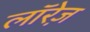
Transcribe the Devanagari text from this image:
लॉरेज़